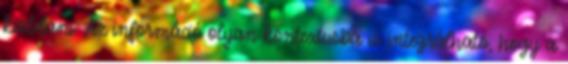
kioldani. Az információ olyan kontextusba is integrálható, hogy a